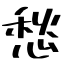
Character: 愁